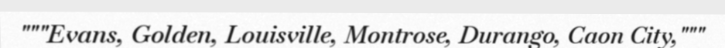
"""Evans, Golden, Louisville, Montrose, Durango, Caon City,"""